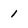
Character: 1